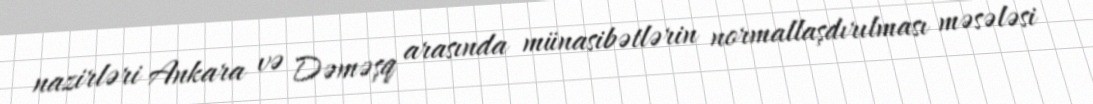
nazirləri Ankara və Dəməşq arasında münasibətlərin normallaşdırılması məsələsi